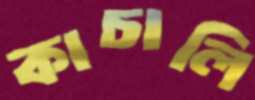
কাচালি